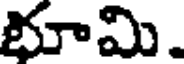
భూమి.